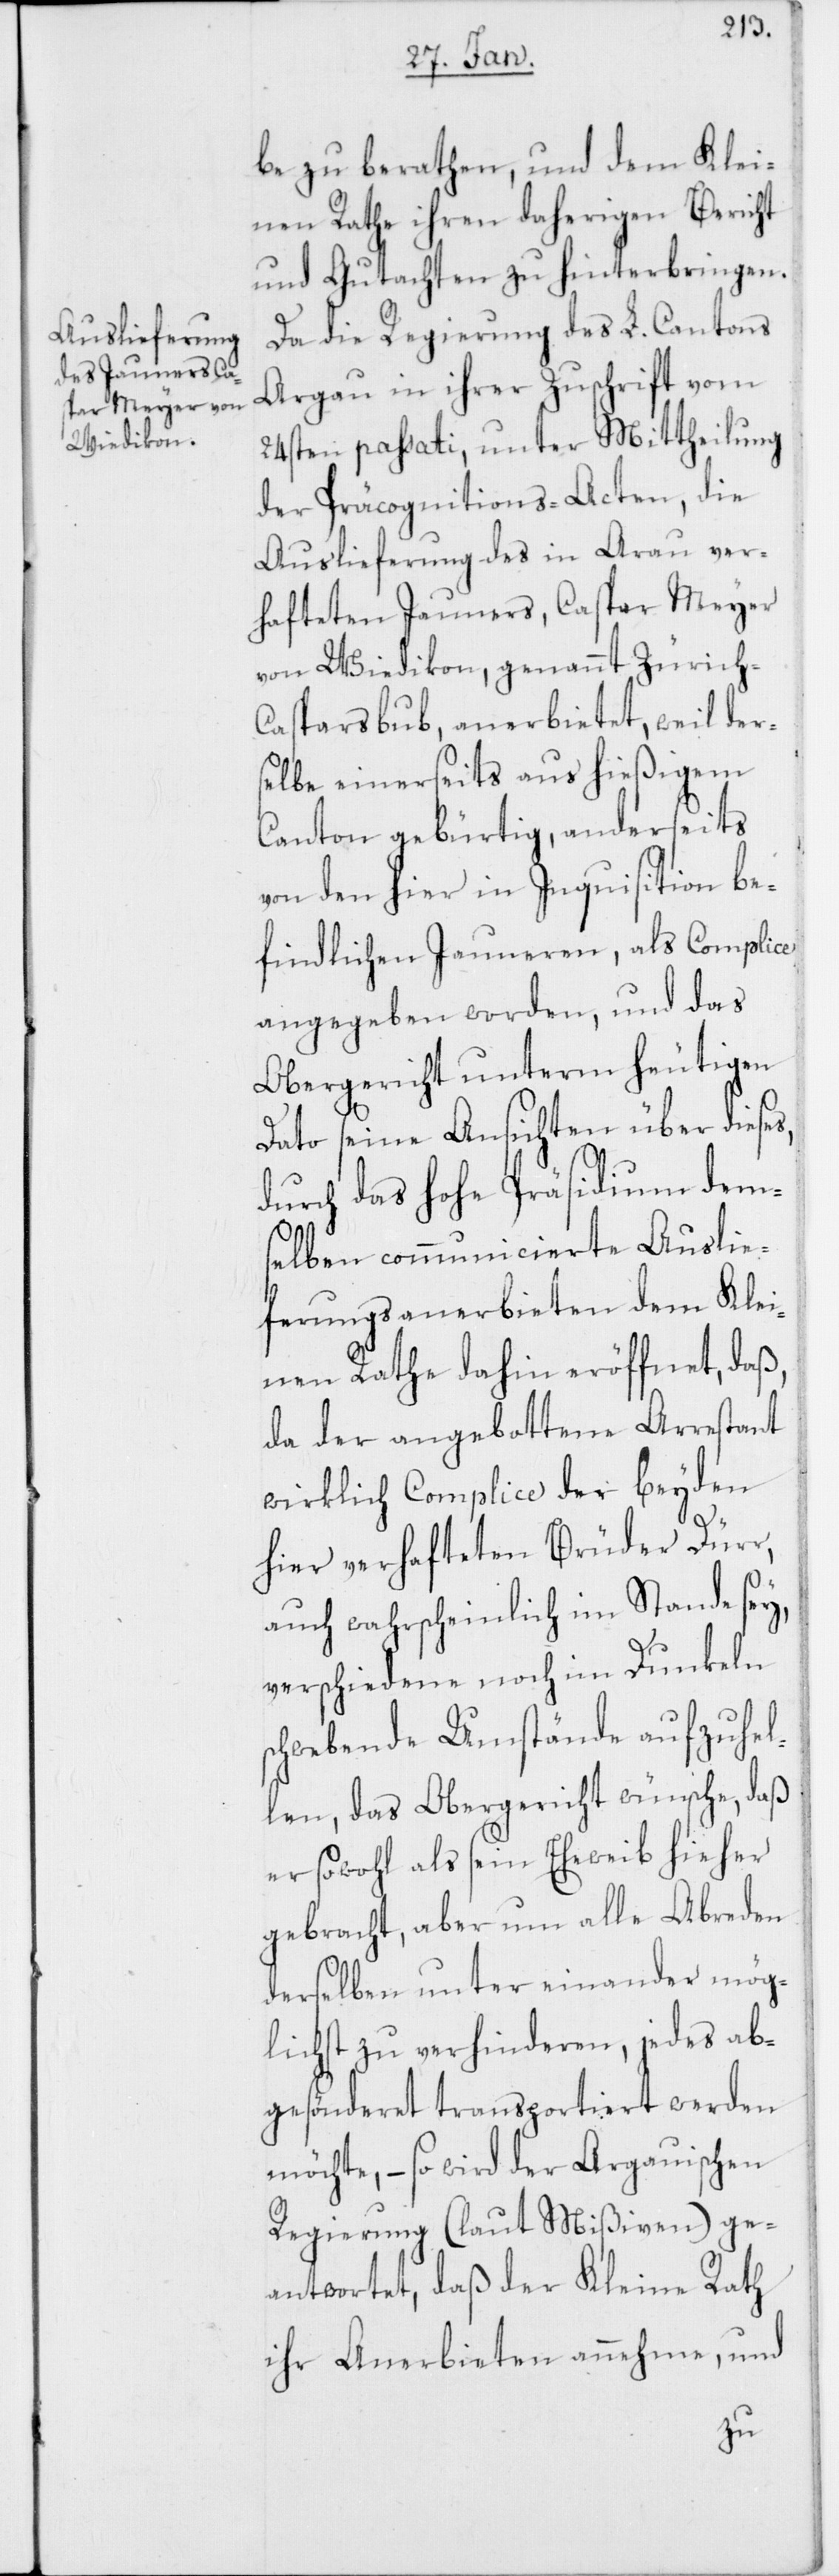
be zu berathen, und dem Klei¬
nen Rathe ihren daherigen Bericht
und Gutachten zu hinterbringen.
Da die Regierung des L. Cantons
Argau in ihrer Zuschrift vom
24sten passati, unter Mittheilung
der Präcognitions-Acten, die
Auslieferung des in Arau ver¬
hafteten Jauners, Caspar Meyer
von Wiedikon, genannt Zürich-C¬
asparsbub, anerbietet, weil der¬
selbe einerseits aus hießigem
Canton gebürtig, anderseits
von den hier in Inquisition be¬
findlichen Jauneren, als Complice
angegeben worden, und das
Obergericht unterm heutigen
s¬
Dato seine Ansichten über diese¬
durch das hohe Präsidium dems¬
elben communicierte Auslie¬
ferungsanerbieten dem Klei¬
nen Rathe dahin eröffnet, daß,
da der angebottene Arrestant
wirklich Complice der beyden
hier verhafteten Brüder Dürr,
auch wahrscheinlich im Stande sey,
verschiedene noch im Dunkeln
chwebende Umstände aufzuhel¬
len, das Obergericht wünsche, daß
er sowohl als seyn Eheweib hierher
gebracht, aber um alle Abreden
derselben unter einander mög¬
lichst zu verhinderen, jedes ab¬
gesönderet transportiert werden
möchte, – so wird der Argauischen
Regierung (laut Mißiven) ge¬
antwortet, daß der Kleine Rath
ihr Anerbieten annehme, und